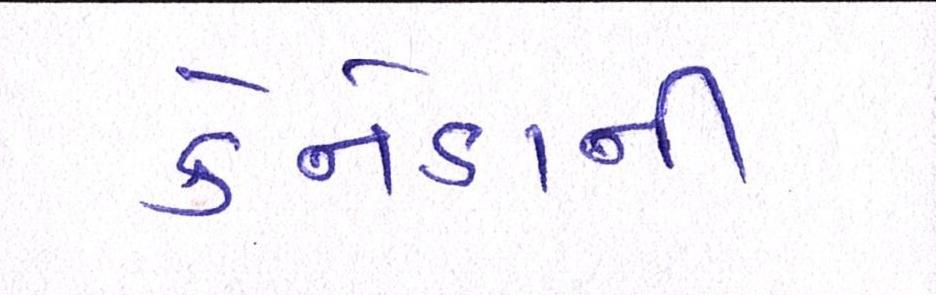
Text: કેનેડાની